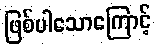
ဖြစ်ပါသောကြောင့်